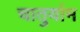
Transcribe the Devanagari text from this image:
चातुर्याम